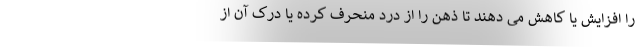
را افزایش یا کاهش می دهند تا ذهن را از درد منحرف کرده یا درک آن از